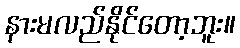
နားမလည်နိုင်တော့ဘူး။